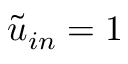
\tilde { u } _ { i n } = 1